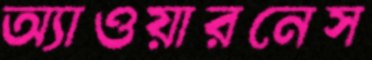
অ্যাওয়ারনেস